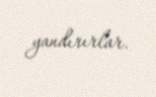
yandırırlar.